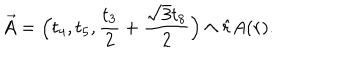
\vec { A } = \Big ( t _ { 4 } , t _ { 5 } , \frac { t _ { 3 } } { 2 } + \frac { \sqrt { 3 } t _ { 8 } } { 2 } \Big ) \wedge \hat { r } A ( r ) . \qquad